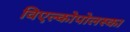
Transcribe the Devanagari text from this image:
विएल्कोपोलस्का